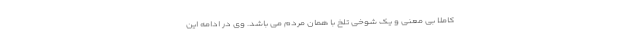
کاملا بی معنی و یک شوخی تلخ با همان مردم می باشد. وی در ادامه این